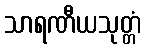
သာရဏီယသုတ္တံ